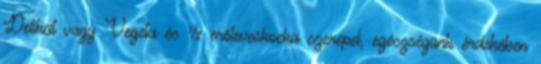
Delikát vagy Vegeta és ½ erőleveskocka szerepel, egészségünk érdekében